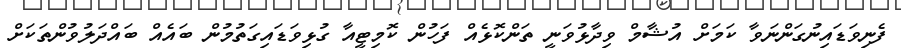
ފެނިވަޑައިނުގަންނަވާ ކަމަށް އުޝާމް ވިދާޅުވަނީ ތަންކޮޅެއް ފަހުން ކޮމިޓީއާ ގުޅިވަޑައިގަތުމުން ބައެއް ބައްދަލުވުންތަކަށް